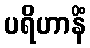
ပရိဟာနိံ